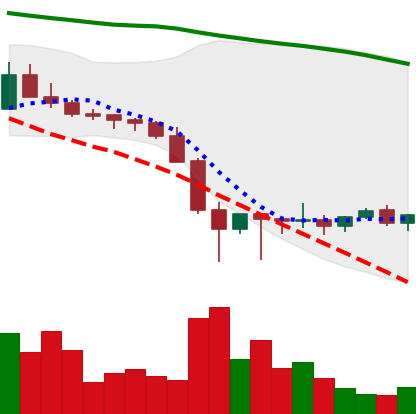
Ticker: XLM-USD
Chart end date: 2022-01-31
Forward return: 6.785%
Label: up_5_7